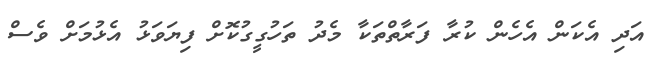
އަދި އެކަން އެހެން ކުރާ ފަރާތްތަކާ މެދު ތަހުގީގުކޮށް ފިޔަވަޅު އެޅުމަށް ވެސް